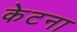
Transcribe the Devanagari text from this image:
केटना